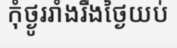
កុំថ្ងូររាំងរឹងថ្ងៃយប់